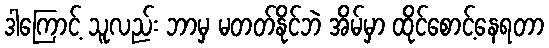
ဒါကြောင့် သူလည်း ဘာမှ မတတ်နိုင်ဘဲ အိမ်မှာ ထိုင်စောင့်နေရတာ